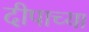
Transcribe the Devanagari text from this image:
दीपाच्या